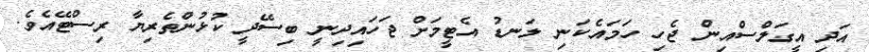
އަދި އީގަލްސްއިން ޖެހި ހަމައެކަނި ލަނޑު އެޓީމަށް ޖަހައިދިނީ ބިސޭދީ ކުޅުންތެރިޔާ ރިސްޓޭއެވެ.